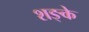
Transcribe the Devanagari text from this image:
शङ्के